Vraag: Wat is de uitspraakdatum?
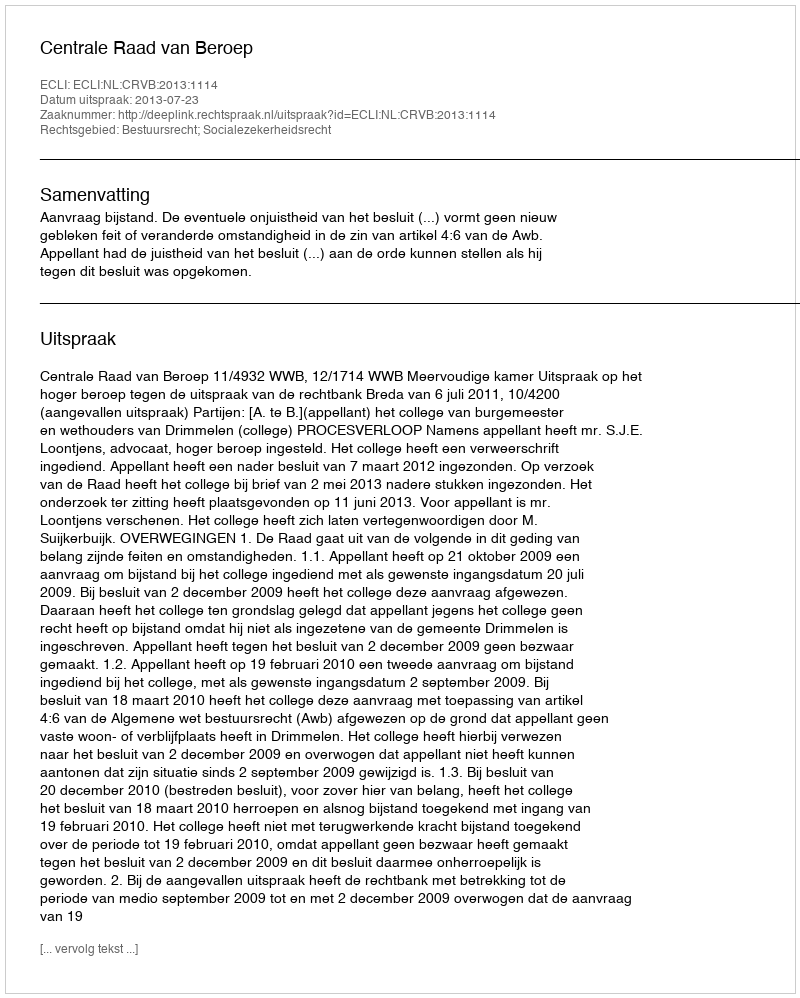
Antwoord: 2013-07-23